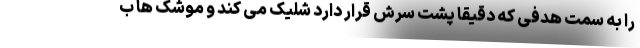
را به سمت هدفی که دقیقا پشت سرش قرار دارد شلیک می کند و موشک ها ب